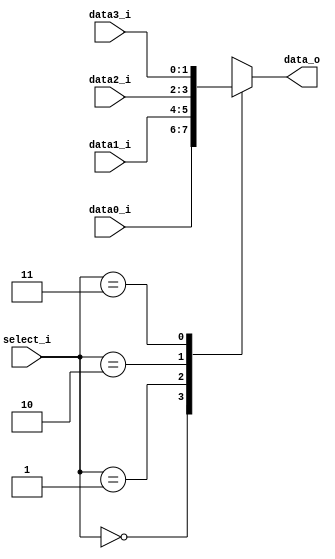
//Subject:     CO project 2 - MUX 221
//--------------------------------------------------------------------------------
//Version:     1
//--------------------------------------------------------------------------------
//Writer:04163150416005
//----------------------------------------------
//Date:
//----------------------------------------------
//Description:
//--------------------------------------------------------------------------------
//Done
module MUX_4to1(
               data0_i,
               data1_i,
			   data2_i,
			   data3_i,
               select_i,
               data_o
               );
 
parameter size = 0;

//I/O ports
input [size-1:0] data0_i;
input [size-1:0] data1_i;
input [size-1:0] data2_i;
input [size-1:0] data3_i;
input [2-1:0] select_i;
output  [size-1:0] data_o;

//Internal Signals
reg     [size-1:0] data_o;

//Main function

always@(*)begin
	case(select_i)
		2'b00:
			begin
				data_o = data0_i;
			end
		2'b01:
			begin
				data_o = data1_i;
			end
		2'b10:
			begin
				data_o = data2_i;
			end
		2'b11:
			begin
				data_o = data3_i;
			end
	endcase
end

endmodule